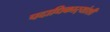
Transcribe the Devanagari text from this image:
पदाधिकार्‍यांशी